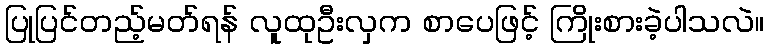
ပြုပြင်တည့်မတ်ရန် လူထုဦးလှက စာပေဖြင့် ကြိုးစားခဲ့ပါသလဲ။